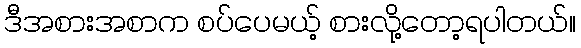
ဒီအစားအစာက စပ်ပေမယ့် စားလို့တော့ရပါတယ်။